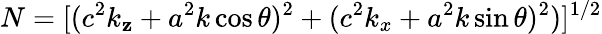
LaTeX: N=[(c^{2}k_{\mathbf{z}}+a^{2}k\cos\theta)^{2}+(c^{2}k_{x}+a^{2}k\sin\theta)^{2})]^{1/2}